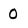
Character: 0